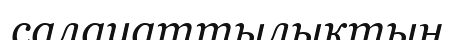
салауаттылықтың